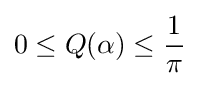
0\leq Q(\alpha )\leq {\frac {1}{\pi }}